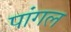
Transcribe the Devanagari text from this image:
पांगल